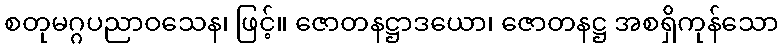
စတုမဂ္ဂပညာဝသေန၊ ဖြင့်။ ဇောတနဋ္ဌာဒယော၊ ဇောတနဋ္ဌ အစရှိကုန်သော